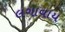
લગાવાય